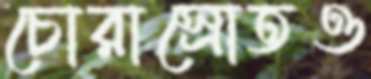
চোরাস্রোতও